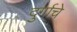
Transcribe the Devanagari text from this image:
दुर्गाचे